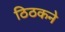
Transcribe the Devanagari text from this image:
ठिठकने